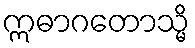
ဣဓာဂတောသ္မိ